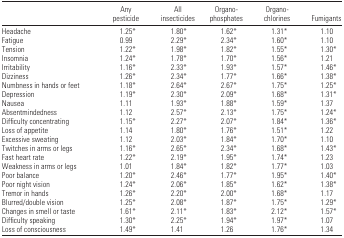
<table><thead><tr><td></td><td><b>Any pesticide</b></td><td><b>All insecticides</b></td><td><b>Organophosphates</b></td><td><b>Organochlorines</b></td><td><b>Fumigants</b></td></tr></thead><tbody><tr><td>Headache</td><td>1.25*</td><td>1.80*</td><td>1.62*</td><td>1.31*</td><td>1.10</td></tr><tr><td>Fatigue</td><td>0.99</td><td>2.29*</td><td>2.34*</td><td>1.60*</td><td>1.10</td></tr><tr><td>Tension</td><td>1.22*</td><td>1.98*</td><td>1.82*</td><td>1.55*</td><td>1.30*</td></tr><tr><td>Insomnia</td><td>1.24*</td><td>1.78*</td><td>1.70*</td><td>1.56*</td><td>1.21</td></tr><tr><td>Irritability</td><td>1.16*</td><td>2.33*</td><td>1.93*</td><td>1.57*</td><td>1.46*</td></tr><tr><td>Dizziness</td><td>1.26*</td><td>2.34*</td><td>1.77*</td><td>1.66*</td><td>1.38*</td></tr><tr><td>Numbness in hands or feet</td><td>1.18*</td><td>2.64*</td><td>2.67*</td><td>1.75*</td><td>1.25*</td></tr><tr><td>Depression</td><td>1.19*</td><td>2.30*</td><td>2.09*</td><td>1.68*</td><td>1.31*</td></tr><tr><td>Nausea</td><td>1.11</td><td>1.93*</td><td>1.88*</td><td>1.59*</td><td>1.37</td></tr><tr><td>Absentmindedness</td><td>1.12</td><td>2.57*</td><td>2.13*</td><td>1.75*</td><td>1.24*</td></tr><tr><td>Difficulty concentrating</td><td>1.15*</td><td>2.27*</td><td>2.07*</td><td>1.84*</td><td>1.36*</td></tr><tr><td>Loss of appetite</td><td>1.14</td><td>1.80*</td><td>1.76*</td><td>1.51*</td><td>1.22</td></tr><tr><td>Excessive sweating</td><td>1.12</td><td>2.03*</td><td>1.84*</td><td>1.70*</td><td>1.10</td></tr><tr><td>Twitches in arms or legs</td><td>1.16*</td><td>2.65*</td><td>2.34*</td><td>1.68*</td><td>1.43*</td></tr><tr><td>Fast heart rate</td><td>1.22*</td><td>2.19*</td><td>1.95*</td><td>1.74*</td><td>1.23</td></tr><tr><td>Weakness in arms or legs</td><td>1.01</td><td>1.84*</td><td>1.82*</td><td>1.77*</td><td>1.03</td></tr><tr><td>Poor balance</td><td>1.20*</td><td>2.46*</td><td>1.77*</td><td>1.95*</td><td>1.40*</td></tr><tr><td>Poor night vision</td><td>1.24*</td><td>2.06*</td><td>1.85*</td><td>1.62*</td><td>1.38*</td></tr><tr><td>Tremor in hands</td><td>1.26*</td><td>2.20*</td><td>2.00*</td><td>1.68*</td><td>1.17</td></tr><tr><td>Blurred/double vision</td><td>1.25*</td><td>2.08*</td><td>1.87*</td><td>1.75*</td><td>1.29*</td></tr><tr><td>Changes in smell or taste</td><td>1.61*</td><td>2.11*</td><td>1.83*</td><td>2.12*</td><td>1.57*</td></tr><tr><td>Difficulty speaking</td><td>1.30*</td><td>2.25*</td><td>1.94*</td><td>1.97*</td><td>1.07</td></tr><tr><td>Loss of consciousness</td><td>1.49*</td><td>1.41</td><td>1.26</td><td>1.76*</td><td>1.34</td></tr></tbody></table>